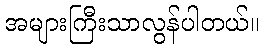
အများကြီးသာလွန်ပါတယ်။